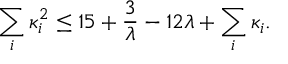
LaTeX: \sum _ { i } \kappa _ { i } ^ { 2 } \leq 1 5 + { \frac { 3 } { \lambda } } - 1 2 \lambda + \sum _ { i } \kappa _ { i } .